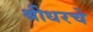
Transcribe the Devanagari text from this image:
श्रीधरचे